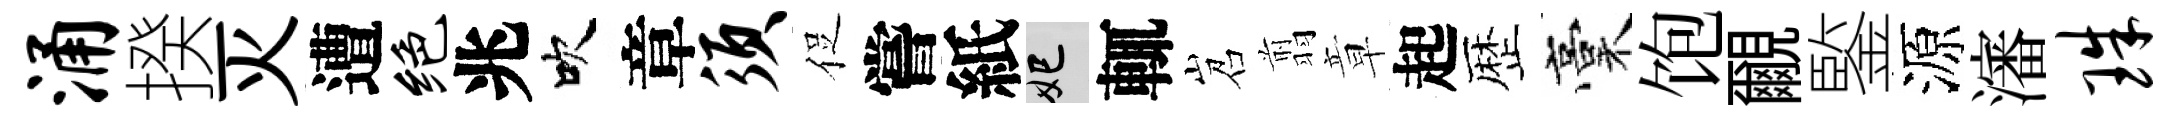
涌揆灭遭绝兆吹章须促嘗紙妃輒岧翦章起歴稾饱覼鍳源瀋珠